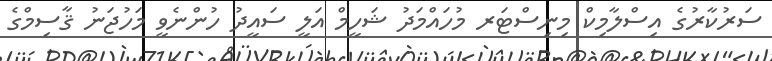
ސަރުކާރުގެ އިސްލާމިކް މިނިސްޓަރ މުހައްމަދު ޝަހީމް އަލީ ސައީދު ހުންނެވީ މަހުޖަނު ޤާސިމްގެ